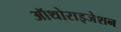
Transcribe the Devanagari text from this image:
ऑथोराइजेशन